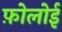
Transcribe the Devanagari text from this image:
फ़ोलोई